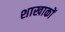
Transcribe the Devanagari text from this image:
शाखाकों